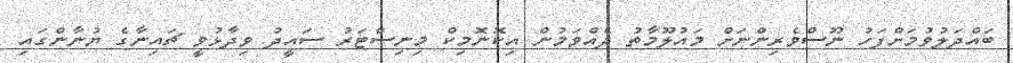
ބައްދަލުވުމަށްފަހު ނޫސްވެރިންނަށް މައުލޫމާތު ދެއްވަމުން އިކޮނޮމިކް މިނިސްޓަރު ސައީދު ވިދާޅުވީ ޗައިނާގެ ޔުނާންގައި